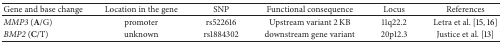
| Gene and base change | Location in the gene | SNP | Functional consequence | Locus | References |
 | --- | --- | --- | --- | --- | --- |
 | MMP3 (A/G) | promoter | rs522616 | Upstream variant 2 KB | 11q22.2 | Letra et al. [15, 16] |
 | BMP2 (C/T) | unknown | rs1884302 | downstream gene variant | 20p12.3 | Justice et al. [13] |